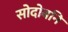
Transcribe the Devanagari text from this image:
सोदोबनि